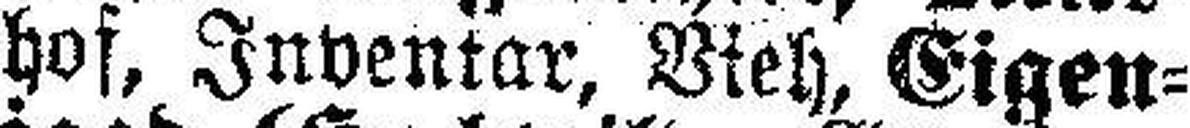
hof, Inventar, Vieh, Eigen¬